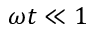
\omega t \ll 1